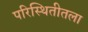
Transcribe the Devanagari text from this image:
परिस्थितीतला